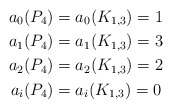
\begin{align*} a_0 (P_4) &= a_0 (K_{1,3}) = 1\\ a_1 (P_4) &= a_1 (K_{1,3}) = 3\\ a_2 (P_4) &= a_2 (K_{1,3}) = 2\\ a_i (P_4) &= a_i (K_{1,3}) = 0 \end{align*}